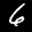
Label: 6